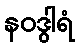
နဝဒွါရံ